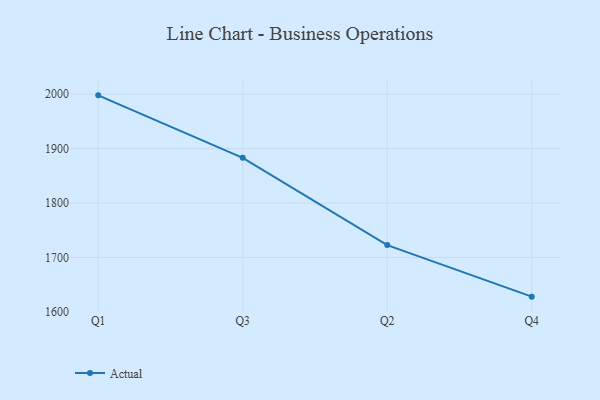
{"axis": {"x": "Quarter", "y": "Energy Usage (MWh)"}, "legend": ["Actual"], "data": [{"x": "Q1", "y": 1997.9, "type": "Actual"}, {"x": "Q3", "y": 1883.2, "type": "Actual"}, {"x": "Q2", "y": 1722.7, "type": "Actual"}, {"x": "Q4", "y": 1628.0, "type": "Actual"}]}